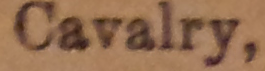
Cavalry.